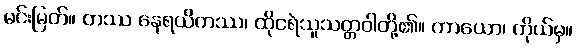
မင်းမြတ်။ တဿ နေရယိကဿ၊ ထိုငရဲသူသတ္တဝါတို့၏။ ကာယော၊ ကိုယ်မှ။